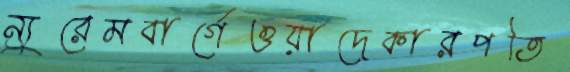
ন্যুরেমবার্গেওয়াদেকারপতি